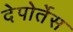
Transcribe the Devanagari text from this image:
देपोर्तेस